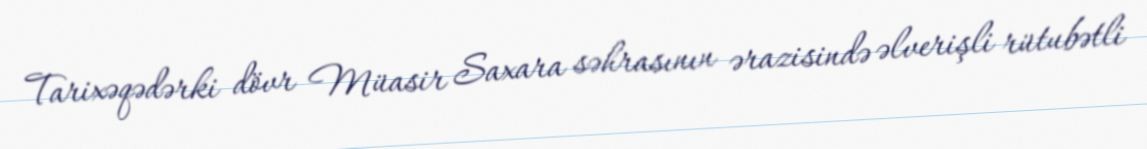
Tarixəqədərki dövr Müasir Saxara səhrasının ərazisində əlverişli rütubətli